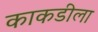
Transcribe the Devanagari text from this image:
काकडीला